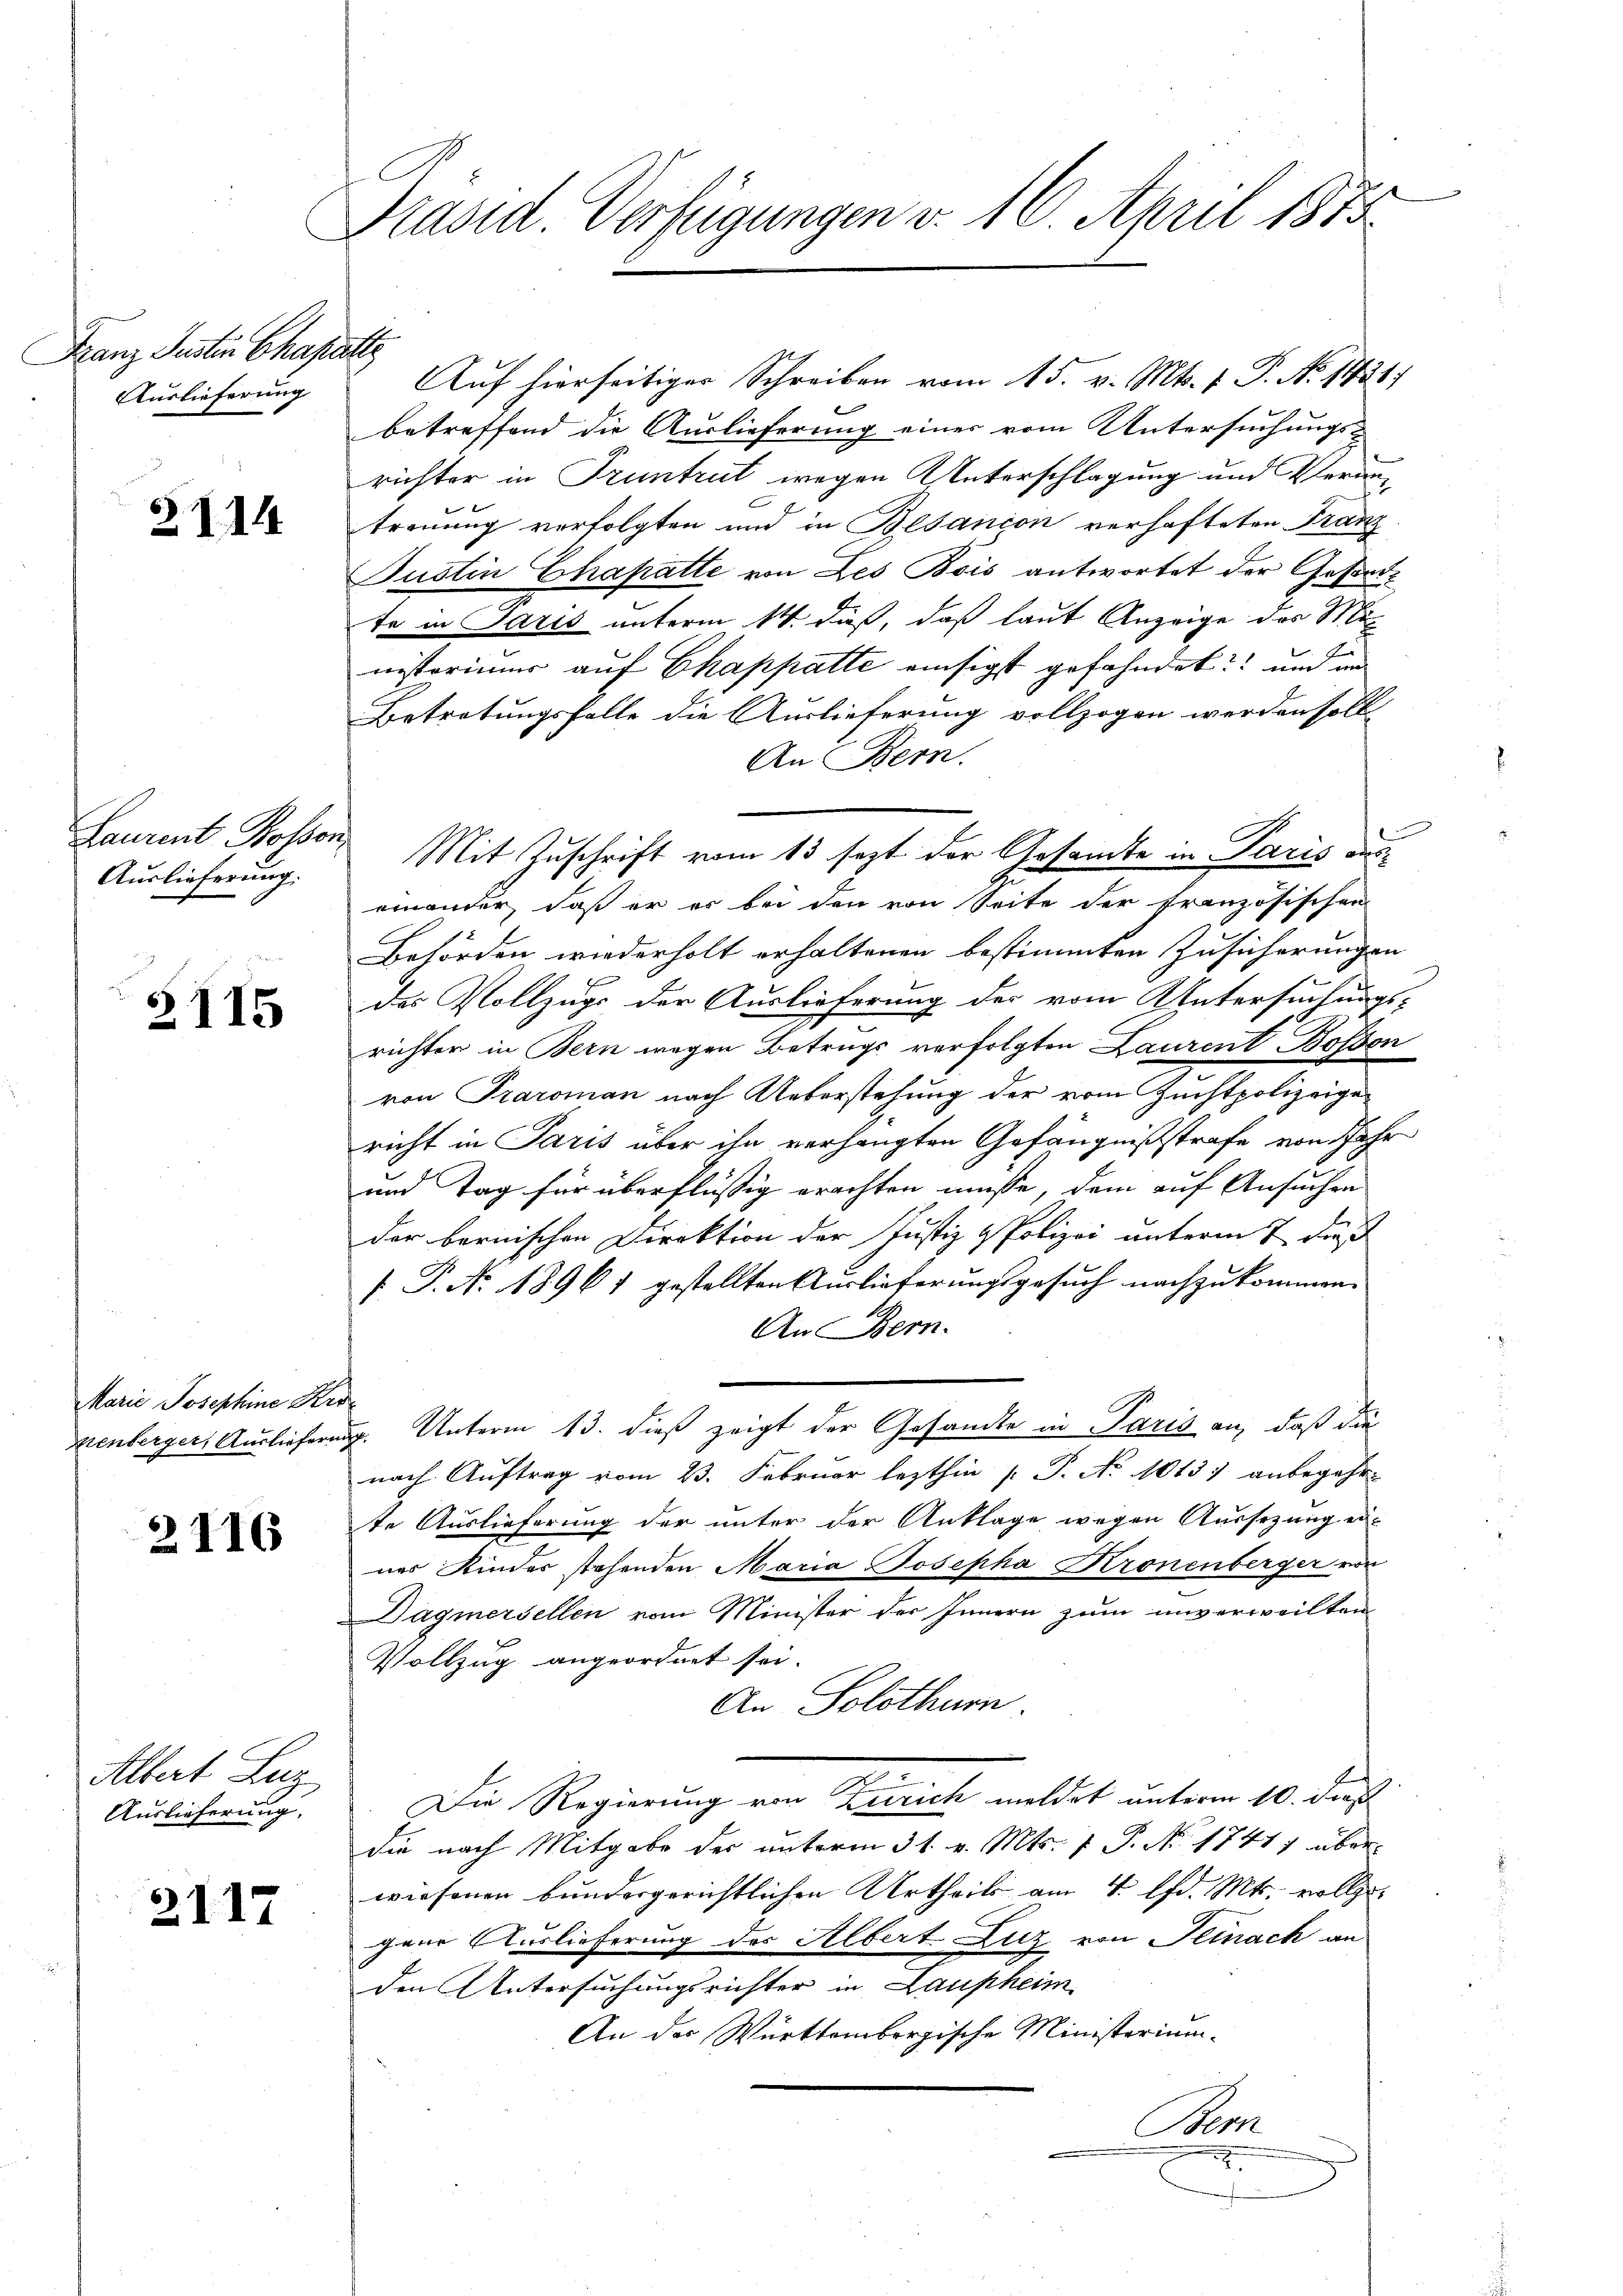
Franz Justin Chapatte
Auslieferung

2114

Laurent Bosson,
Auslieferung.

2115

Marie Josephine Kro
Zienberger, Ausliefern

2116

Albert Luz
Auslieferung.

2117

Präsid. Verfügungen v. 16. April 1875

Auf hierseitiger Schreiben vom 15. v. Mts. 1. P. Nr. 1451)
betreffend die Auslieferung einer vom Untersuchungs-
richter in Truntrut wegen Unterschlagung und Verantreuung verfolgten und in Besanion verhafteten Franz
Justin Chapatte von Les Bois antwortet der Gesandte in Paris unterm 14. daß, daß laut Anzeige des Ministerimus auf Chappatte einsigst gefahndet und un
Betretungsfalle die Auslieferung vollzogen werden soll
An Bern.
einander, daß er er bei den von Seite der französischen
Behörden wiederholt erhaltenen bestimmten Zusicherungen
des Vollzugs der Auslieferung der vom Untersuchungs-
richter in Bern wegen Betrugs verfolgten Laurent Bosson
von Traroman nach Ueberstehung der vom Zuchtpolizeigericht in Paris über ihn verhängten Gefängnißstrafe von Jahr
und Tag für überflüßig erachten müsse, dem auf Ansuchen
der bernischen Direktion der Justiz & Polizei unterm 7. daß
[ P. No. 18961 gestellten Auslieferungsgesuch nachzukommen.
An Bern.
v. Unterm 13. dieß zeigt der Gesandte in Paris an, daß die
nach Auftrag vom 23. Februar lezthin [ P. No 1013) anbegehr
te Auslieferung der unter der Anklage wegen Aussezung ernes Kinder stehenden Maria Josepha Kronenberger von
Dagmersellen vom Minister der Innern zum unverweilten
Vollzug angeordnet sei.
An Solothur
Die Regierung von Zürich meldet unterm 10. dieß
die nach Mitgabe der unterm 31. v. Mts. f. P. No. 1741) überwiesenen bundergerichtlichen Urtheils am 4. d. Mts. vollzigerer Auslieferung des Albert-Zuz von Peinach an
den Untersuchungsrichter in Laupheim
An der Württembergische Ministerium
Bern
2

Mit Zuschrift vom 13 sezt der Gesandte in Paris aus¬